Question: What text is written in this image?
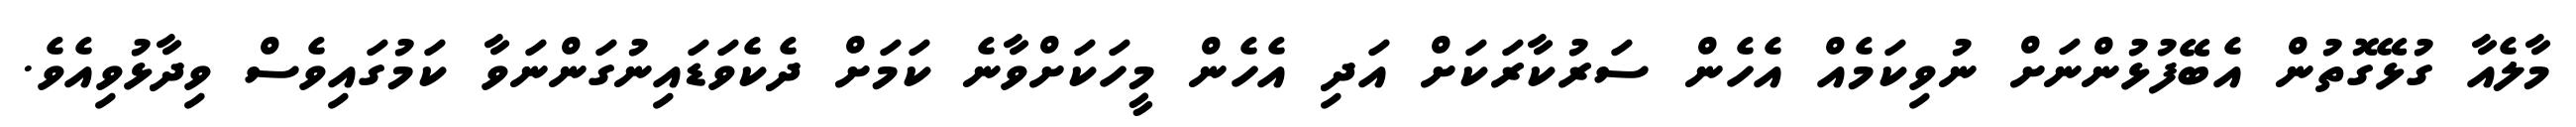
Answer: މާލެއާ ގުޅޭގޮތުން އެބޭފުޅުންނަށް ނުވިކަމެއް އެހެން ސަރުކާރަކަށް އަދި އެހެން މީހަކަށްވާނެ ކަމަށް ދެކެވަޑައިނުގަންނަވާ ކަމުގައިވެސް ވިދާޅުވިއެވެ.